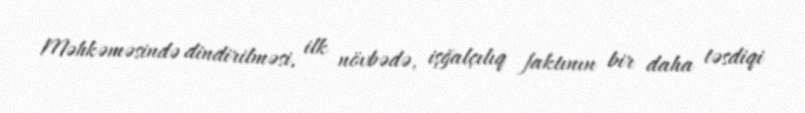
Məhkəməsində dindirilməsi, ilk növbədə, işğalçılıq faktının bir daha təsdiqi